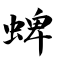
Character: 蜱